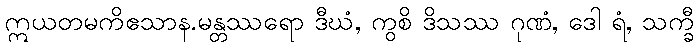
ဣယတမကိဧသာန.မန္တဿရော ဒီဃံ, ကွစိ ဒိသဿ ဂုဏံ, ဒေါ ရံ, သက္ခီ